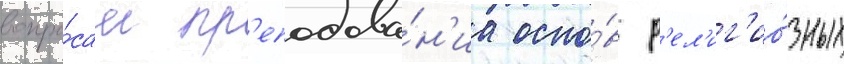
вопро́сам пр'еподава́н'иа осно́в р'ел'иг'ио́зных